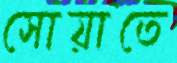
সোয়াতে